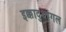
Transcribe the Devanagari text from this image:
इक्कादुथांगल